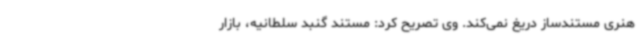
هنری مستندساز دریغ نمی‌کند. وی تصریح کرد: مستند گنبد سلطانیه، بازار